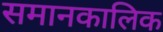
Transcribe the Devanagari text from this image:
समानकालिक